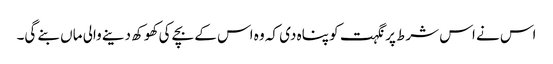
اس نے اس شرط پر نگہت کو پناہ دی کہ وہ اس کے بچے کی کھوکھ دینے والی ماں بنے گی۔